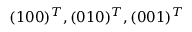
( 1 0 0 ) ^ { T } , ( 0 1 0 ) ^ { T } , ( 0 0 1 ) ^ { T }